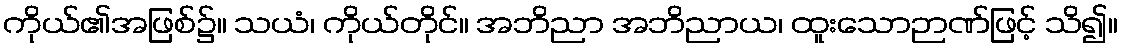
ကိုယ်၏အဖြစ်၌။ သယံ၊ ကိုယ်တိုင်။ အဘိညာ အဘိညာယ၊ ထူးသောဉာဏ်ဖြင့် သိ၍။